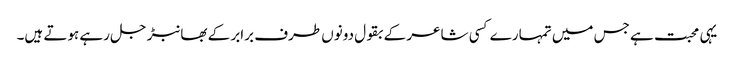
یہی محبت ہے جس میں تمہارے کسی شاعر کے بقول دونوں طرف برابر کے بھانبڑ جل رہے ہوتے ہیں۔